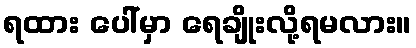
ရထား ပေါ်မှာ ရေချိုးလို့ရမလား။